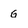
Character: G